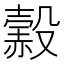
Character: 𧹲